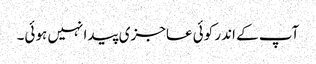
آپ کے اندر کوئی عاجزی پیدا نہیں ہوئی۔